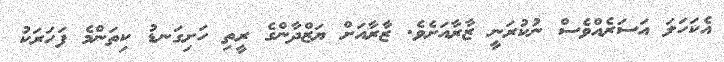
އެކަހަލަ އަސަރެއްވެސް ނުކުރަނީ ޒާރާއަށެވެ. ޒާރާއަށް ޔަޒްދާންގެ ރީތި ހަށިގަނޑު ކިތަންމެ ފަހަރަކު